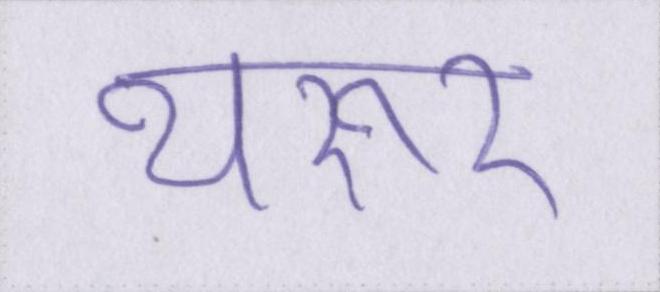
थरूर